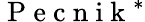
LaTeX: \mathrm{~P~e~c~n~i~k~}^{*}